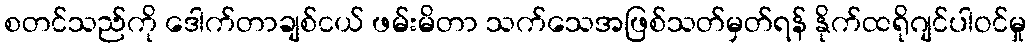
စတင်သည်ကို ဒေါက်တာချစ်ငယ် ဖမ်းမိတာ သက်သေအဖြစ်သတ်မှတ်ရန် နိုက်ထရိုဂျင်ပါဝင်မှု